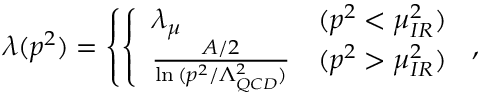
\lambda ( p ^ { 2 } ) = \left\{ \left\{ \begin{array} { l l } { { \lambda _ { \mu } } } & { { ( p ^ { 2 } < \mu _ { I R } ^ { 2 } ) } } \\ { { { \frac { A / 2 } { \ln { ( p ^ { 2 } / \Lambda _ { Q C D } ^ { 2 } ) } } } } } & { { ( p ^ { 2 } > \mu _ { I R } ^ { 2 } ) } } \end{array} \right. \right. ,